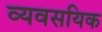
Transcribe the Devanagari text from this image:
व्यवसयिक